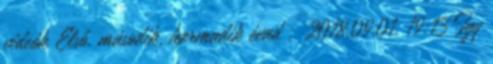
videók Első, második, harmadik évad ; 2018.09.01. 19:13 Így